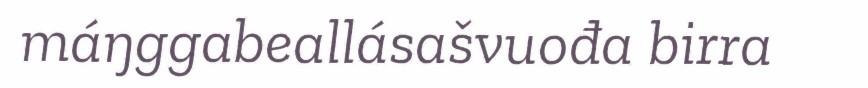
máŋggabeallásašvuođa birra